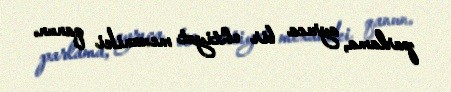
parlama, ayrıca bir ehtiyat mexaniki qanun.